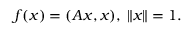
f ( x ) = ( A x , x ) , \; \| x \| = 1 .